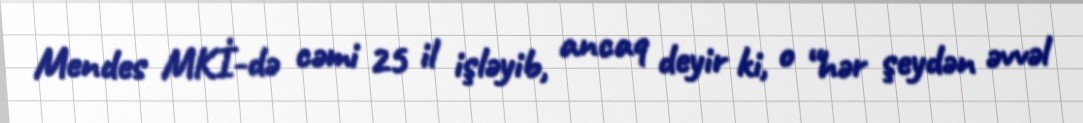
Mendes MKİ-də cəmi 25 il işləyib, ancaq deyir ki, o “hər şeydən əvvəl